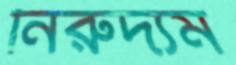
নিরুদ্যম